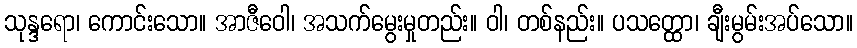
သုန္ဒရော၊ ကောင်းသော။ အာဇီဝေါ၊ အသက်မွေးမှုတည်း။ ဝါ၊ တစ်နည်း။ ပသတ္ထော၊ ချီးမွမ်းအပ်သော။